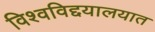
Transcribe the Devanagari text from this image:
विश्वविद्दयालयात